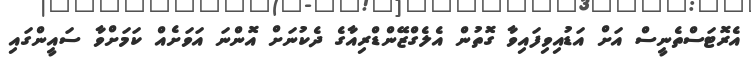
އެރޮޓަސްތެނީސް އަށް އަޑުއިވިފައިވާ ގޮތުން އެލެގްޒޭންޑްރިއާގެ ދެކުނަށް އޮންނަ އަވަށެއް ކަމަށްވާ ސައީންގައި